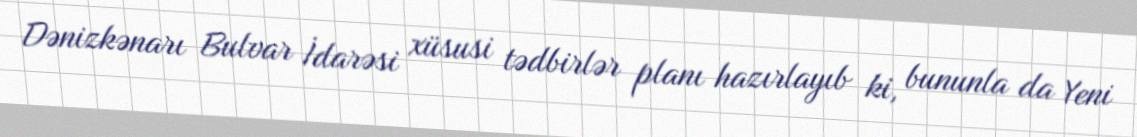
Dənizkənarı Bulvar İdarəsi xüsusi tədbirlər planı hazırlayıb ki, bununla da Yeni